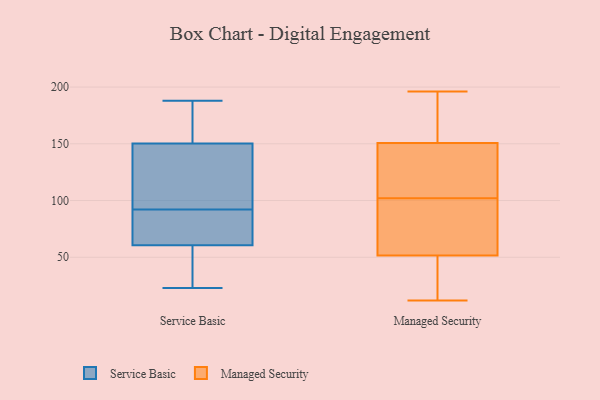
{"axis": {"x": "Active Users", "y": "Value"}, "legend": ["Managed Security", "Service Basic"], "data": [{"x": "", "y": 159, "type": "Service Basic"}, {"x": "", "y": 23, "type": "Service Basic"}, {"x": "", "y": 91, "type": "Service Basic"}, {"x": "", "y": 136, "type": "Service Basic"}, {"x": "", "y": 92, "type": "Service Basic"}, {"x": "", "y": 185, "type": "Service Basic"}, {"x": "", "y": 83, "type": "Service Basic"}, {"x": "", "y": 151, "type": "Service Basic"}, {"x": "", "y": 133, "type": "Service Basic"}, {"x": "", "y": 34, "type": "Service Basic"}, {"x": "", "y": 44, "type": "Service Basic"}, {"x": "", "y": 77, "type": "Service Basic"}, {"x": "", "y": 148, "type": "Service Basic"}, {"x": "", "y": 55, "type": "Service Basic"}, {"x": "", "y": 188, "type": "Service Basic"}, {"x": "", "y": 196, "type": "Managed Security"}, {"x": "", "y": 129, "type": "Managed Security"}, {"x": "", "y": 102, "type": "Managed Security"}, {"x": "", "y": 62, "type": "Managed Security"}, {"x": "", "y": 144, "type": "Managed Security"}, {"x": "", "y": 44, "type": "Managed Security"}, {"x": "", "y": 165, "type": "Managed Security"}, {"x": "", "y": 176, "type": "Managed Security"}, {"x": "", "y": 43, "type": "Managed Security"}, {"x": "", "y": 48, "type": "Managed Security"}, {"x": "", "y": 12, "type": "Managed Security"}, {"x": "", "y": 99, "type": "Managed Security"}, {"x": "", "y": 142, "type": "Managed Security"}, {"x": "", "y": 62, "type": "Managed Security"}, {"x": "", "y": 153, "type": "Managed Security"}]}